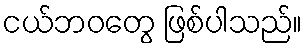
ငယ်ဘဝတွေ ဖြစ်ပါသည်။